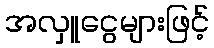
အလှူငွေများဖြင့်